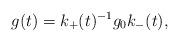
LaTeX: \begin{align*}g(t)=k_+(t)^{-1}g_0k_-(t),\end{align*}